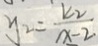
y _ { 2 } = \frac { k _ { 2 } } { x - 2 }